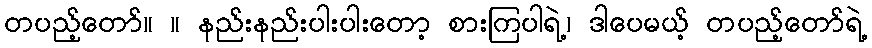
တပည့်တော်။ ။ နည်းနည်းပါးပါးတော့ စားကြပါရဲ့၊ ဒါပေမယ့် တပည့်တော်ရဲ့